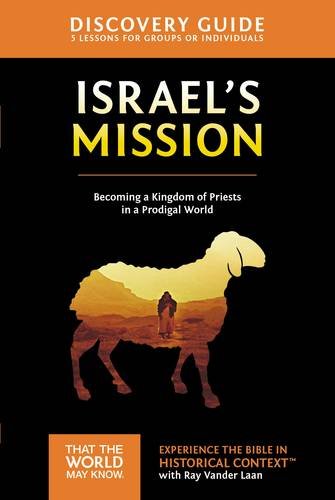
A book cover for Israel's Mission Discovery Guide: A Kingdom of Priests in a Prodigal World (That the World May Know); Ray Vander Laan; Christian Books & Bibles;